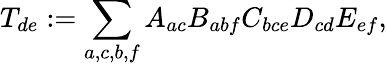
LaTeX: T_{de}:=\sum_{a,c,b,f}A_{ac}B_{abf}C_{bce}D_{cd}E_{ef},